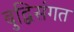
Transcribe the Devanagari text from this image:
बुद्विसंगत